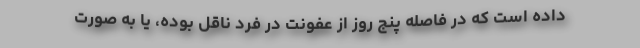
داده است که در فاصله پنج روز از عفونت در فرد ناقل بوده، یا به صورت